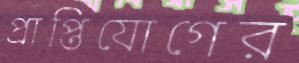
প্রাপ্তিযোগের